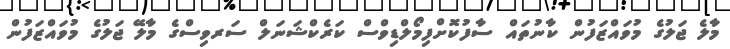
މާލެ ޖަލުގެ މުވައްޒަފުން ކާނުތައް ސާފުކޮށްފިމޯލްޑިވްސް ކަރެކްޝަނަލް ސަރވިސްގެ މާލޭ ޖަލުގެ މުވައްޒަފުން